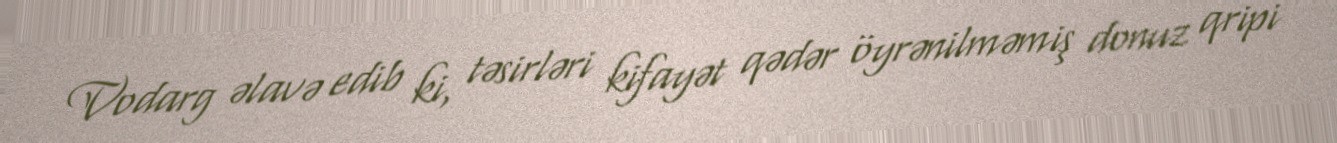
Vodarg əlavə edib ki, təsirləri kifayət qədər öyrənilməmiş donuz qripi